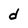
Character: d